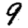
Digit: 9